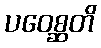
ပဝေစ္ဆတိ